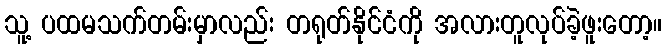
သူ့ ပထမသက်တမ်းမှာလည်း တရုတ်နိုင်ငံကို အလားတူလုပ်ခဲ့ဖူးတော့။